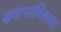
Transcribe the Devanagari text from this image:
सवाभाविक्ताया